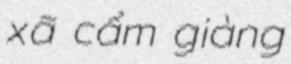
xã cẩm giàng